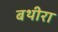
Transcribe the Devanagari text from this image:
बथीरा